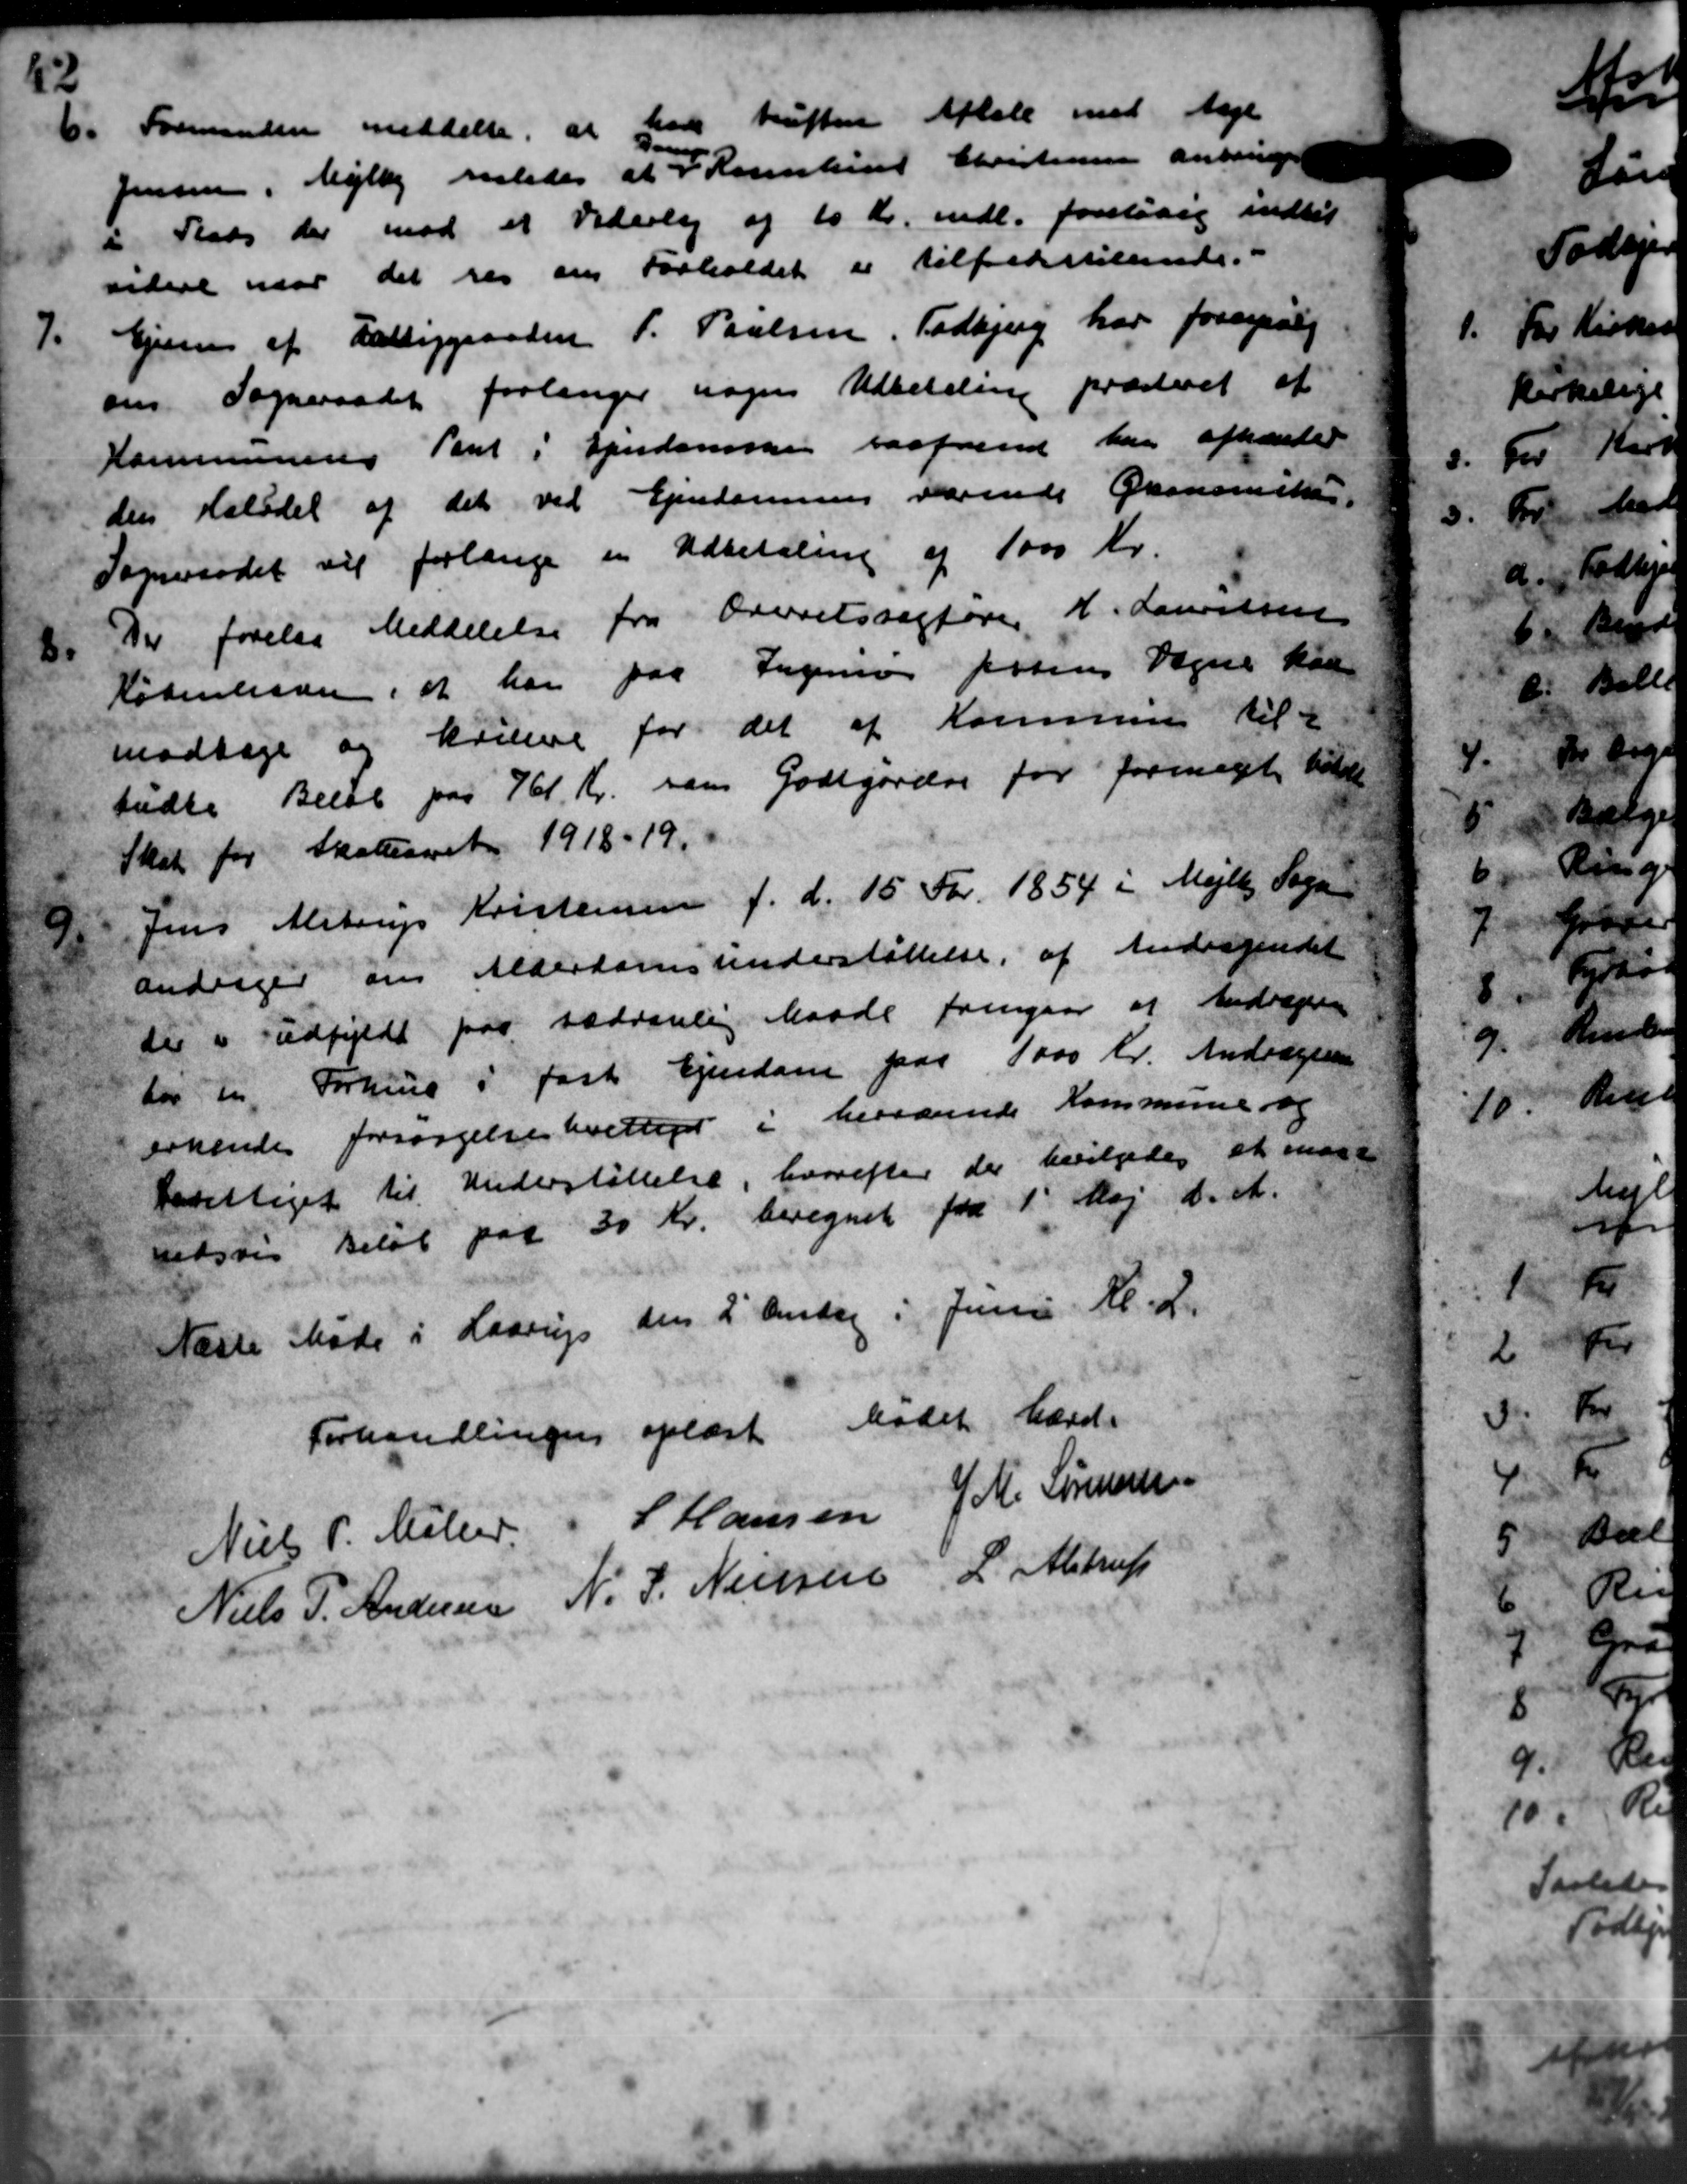
Transskription:
6.
Formanden meddelte, at har truften Aftale med Aage
Jensen, Mejlby eledes at P. Resulus Christensen anbringer
i Plads der mod et Vederlag af 10 Kr. mdl. foreløbig indtil
videre var det res om Forholdet er tilfredstillende.
7.
Ejer af Fattiggaarden P. Poulsen, Todbjerg har forespørg
om Sogneraadet forlanger nogen Udbetaling præsteret af
Kommunens Pent i Ejendomske saafrend har afhænde
den Halvdel af det ved Ejendommen værende Økonomiker
Sogneraadet vil forlange en Udbetaling af 1000 Kr.
2.
Der forelaa Meddelelse fra Overetssagfører H. Laursen
København, at har paa Ingenie forens Vegne kan
modtage og kørene for det af Kommunen til
budte Beløb paa 761 Kr. som Godtgørelse for formeget holde
Skat for Skatteaaret 1918-19.

Jens Alstrup Kristensen f. d. 15 For 1854 i Mejlby Sogne
andrager om Alderdomsunderstøttelse af Andragendet
der i udfyldt paa sædvanlig Maade fremgaar at Andragen
for en Forhund i fast Ejendom paa 1000 Kr. Andragende
erkendes forsørgelsesberettiget i herværende Kommune og
berettiget til Understøttelse, hvorefter der bevilgedes at maat
uidsvis Beløb paa 30 Kr. beregnet fra 1' Maj d. A.
Næste Møde i Haarup den 2' Andag i Juni Kl. 2.
Forhandlingen oplæst. Mødet hævde
Niels P. Møller L Hansen J M. Sørensen
Niels P. Møller L Hansen J M. Sørensen
Niels P. Møller L Hansen J M. Sørensen
Niels P. Andersen N. J. Nielsen L. Alstrup
Niels P. Andersen N. J. Nielsen L. Alstrup
Niels P. Andersen N. J. Nielsen L. Alstrup